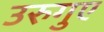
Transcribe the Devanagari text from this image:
उरुगुए